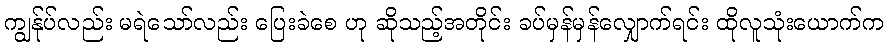
ကျွန်ုပ်လည်း မရဲသော်လည်း ပြေးခဲစေ ဟု ဆိုသည့်အတိုင်း ခပ်မှန်မှန်လျှောက်ရင်း ထိုလူသုံးယောက်က